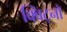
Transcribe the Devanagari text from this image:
क्विट्नो